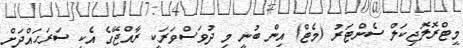
މީޓްރޮލޮޖިކަލް ސެންޓަރު (މެޓް) އިން ބުނީ މި ދުވަސްވަރަކީ ރާއްޖޭގެ އެކި ސަރަހައްދަށް